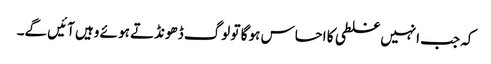
کہ جب انہیں غلطی کا احساس ہو گا تو لوگ ڈھونڈتے ہو ئے وہیں آئیں گے۔